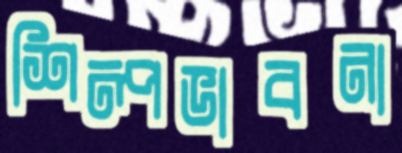
শিল্পভাবনা